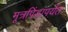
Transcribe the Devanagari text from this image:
मूत्रपिंडापर्यंत